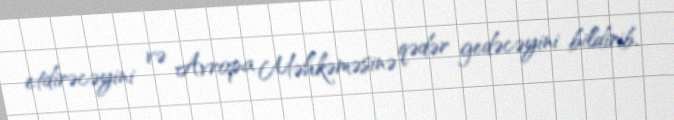
etdirəcəyini və Avropa Məhkəməsinə qədər gedəcəyini bildirib.